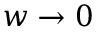
w \to 0